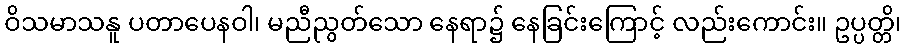
ဝိသမာသနူ ပတာပေနဝါ၊ မညီညွတ်သော နေရာ၌ နေခြင်းကြောင့် လည်းကောင်း။ ဥပ္ပတ္တိ၊